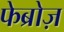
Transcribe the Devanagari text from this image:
फेब्रोज़